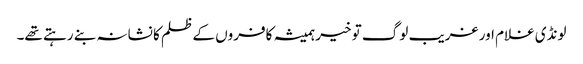
لونڈی غلام اور غریب لوگ تو خیر ہمیشہ کافروں کے ظلم کا نشانہ بنے رہتے تھے۔